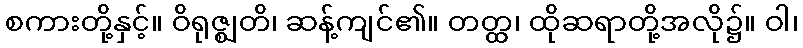
စကားတို့နှင့်။ ဝိရုဇ္ဈတိ၊ ဆန့်ကျင်၏။ တတ္ထ၊ ထိုဆရာတို့အလို၌။ ဝါ၊